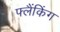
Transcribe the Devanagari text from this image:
फ्लैंकिंग